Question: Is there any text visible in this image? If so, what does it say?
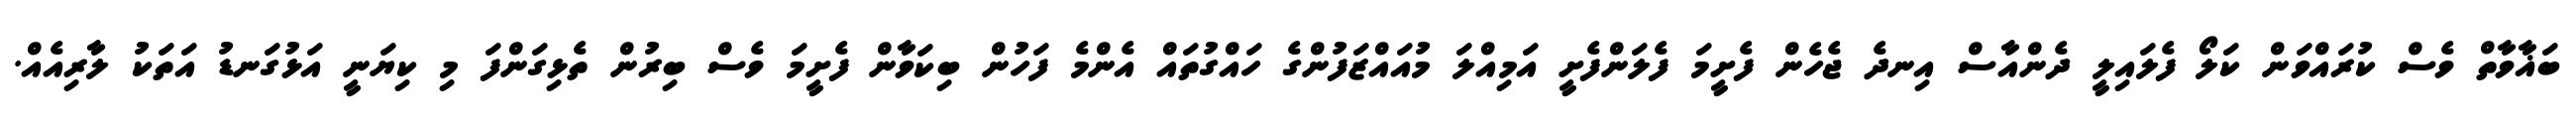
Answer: ބަޣާވާތް ވެސް ކުރައްވަން ކަލޯ ފެލައިލީ ދެންއާސް އިނދެ ޖެހެން ފެށީމަ ފެލަންފެށީ އަމިއްލަ މުއައްޒަފުންގެ ހައްގުތައް އެންމެ ފަހުން ބިކަވާން ފެށީމަ ވެސް ބިރުން ތެޅިގަންފަ މި ކިޔަނީ އަޅުގަނޑު އަތަކު ލާރިއެއް.